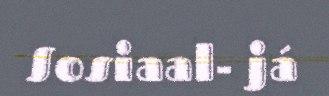
Sosiaal- já